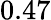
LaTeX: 0.47